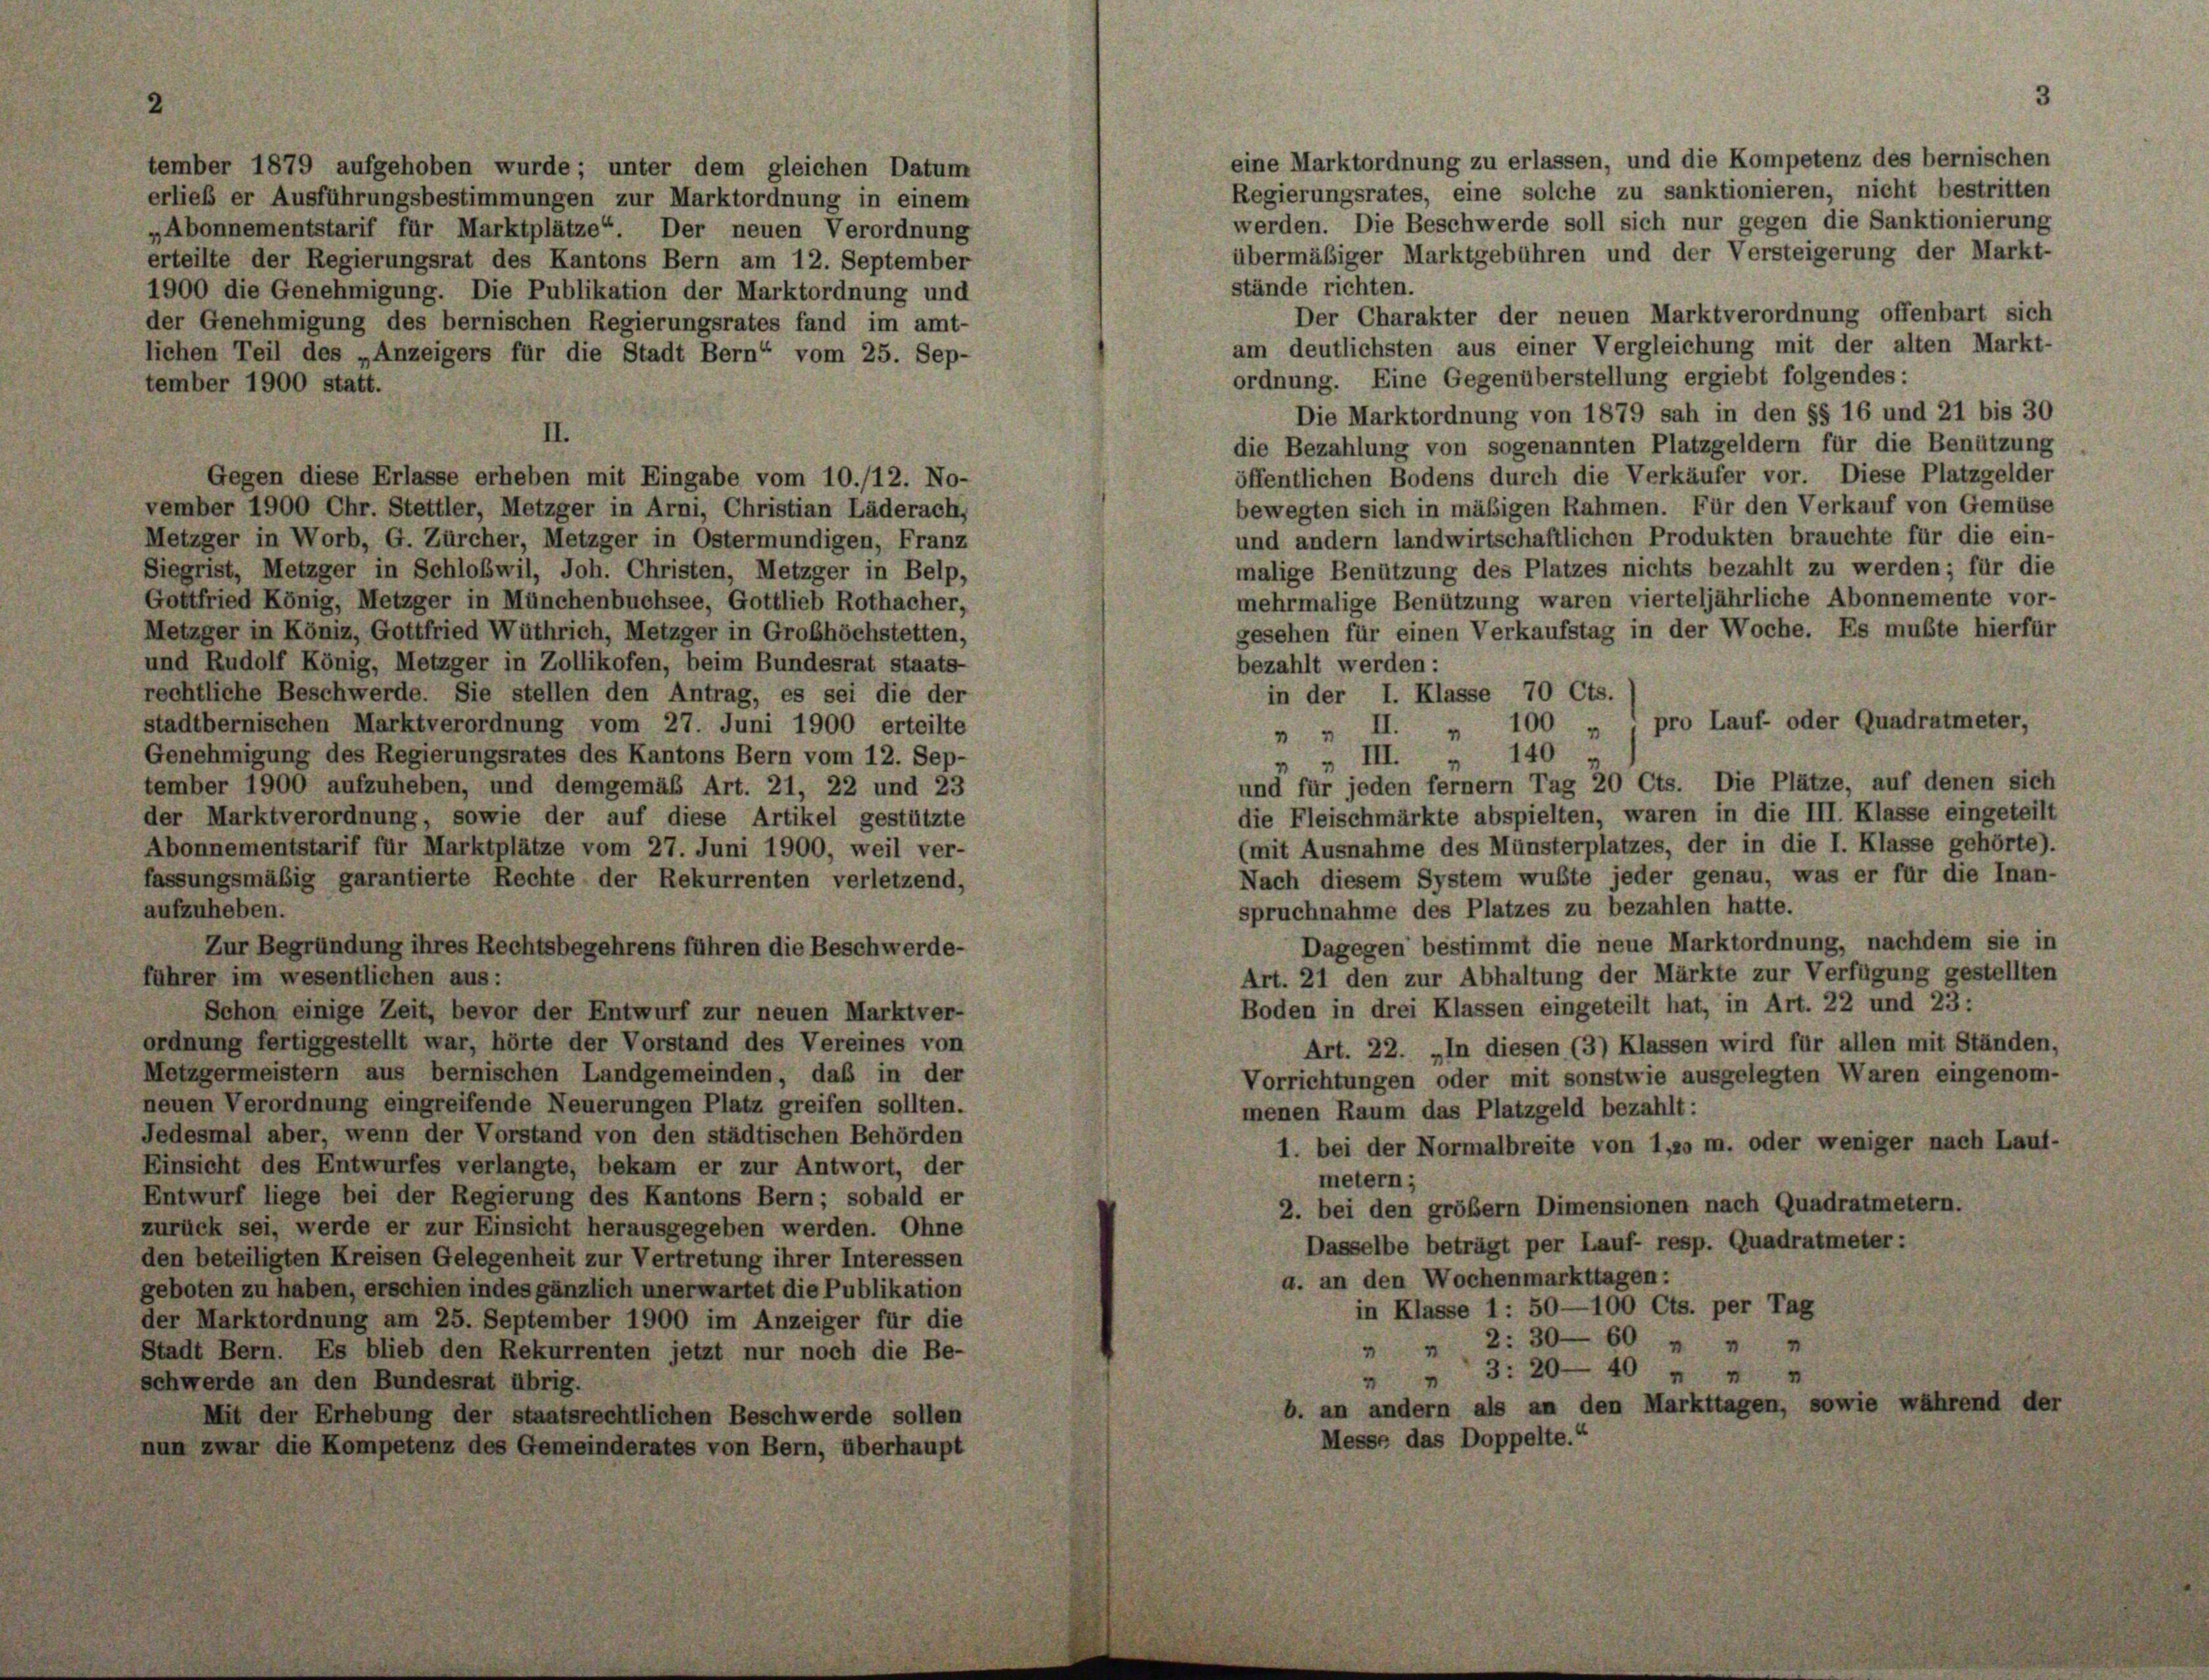
tember 1879 aufgehoben wurde; unter dem gleichen Datum
erlieb er Ausführungsbestimmungen zur Marktordnung in einem
„Abonnementstarif für Marktplätze“. Der neuen Verordnung
erteilte der Regierungsrat des Kantons Bern am 12. September
1900 die Genehmigung. Die Publikation der Marktordnung und
der Genehmigung des bernischen Regierungsrates fand im amt-
lichen Teil des „Anzeigers für die Stadt Bern“ vom 25. Sep-
tember 1900 statt.

eine Marktordnung zu erlassen, und die Kompetenz des bernischen
Regierungsrates, eine solche zu sanktionieren, nicht bestritten
werden. Die Beschwerde soll sich nur gegen die Sanktionierung
übermäßiger Marktgebühren und der Versteigerung der Markt-
stände richten.
Der Charakter der neuen Marktverordnung offenbart sich
am deutlichsten aus einer Vergleichung mit der alten Markt-
ordnung. Eine Gegenüberstellung ergiebt folgendes:
Die Marktordnung von 1879 sah in den §§ 16 und 21 bis 30
II.
die Bezahlung von sogenannten Platzgeldern für die Benützung
öffentlichen Bodens durch die Verkäufer vor. Diese Platzgelder
Gegen diese Erlasse erheben mit Eingabe vom 10./12. No-
bewegten sich in mäßigen Rahmen. Für den Verkauf von Gemüse
vember 1900 Chr. Stettler, Metzger in Arni, Christian Läderach,
und andern landwirtschaftlichen Produkten brauchte für die ein-
Metzger in Worb, G. Zürcher, Metzger in Ostermundigen, Franz
malige Benützung des Platzes nichts bezahlt zu werden; für die
Siegrist, Metzger in Schloßwil, Joh. Christen, Metzger in Belp,
mehrmalige Benützung waren vierteljährliche Abonnemente vor-
Gottfried König, Metzger in Münchenbuchsee, Gottlieb Rothacher,
gesehen für einen Verkaufstag in der Woche. Es mußte hierfür
Metzger in Köniz, Gottfried Wüthrich, Metzger in Grobhöchstetten,
und Rudolf König, Metzger in Zollikofen, beim Bundesrat staats-
bezahlt werden:
rechtliche Beschwerde. Sie stellen den Antrag, es sei die der
in der I. Klasse 70 Cts.
stadtbernischen Marktverordnung vom 27. Juni 1900 erteilte
 „ II. „ 100 „ , pro Lauf- oder Quadratmeter,
140
Genehmigung des Regierungsrates des Kantons Bern vom 12. Sep-
„ III.
und für jeden fernem Tag 20 Cts. Die Plätze, auf denen sich
tember 1900 aufzuheben, und demgemäß Art. 21, 22 und 23
die Fleischmärkte abspielten, waren in die III. Klasse eingeteilt
der Marktverordnung, sowie der auf diese Artikel gestützte
(mit Ausnahme des Münsterplatzes, der in die I. Klasse gehörte).
Abonnementstarif für Marktplätze vom 27. Juni 1900, weil ver-
Nach diesem System wußte jeder genau, was er für die Inan-
fassungsmäßig garantierte Rechte der Rekurrenten verletzend,
aufzuheben.
spruchnahme des Platzes zu bezahlen hatte.
Dagegen bestimmt die neue Marktordnung, nachdem sie in
Zur Begründung ihres Rechtsbegehrens führen die Beschwerde-
Art. 21 den zur Abhaltung der Märkte zur Verfügung gestellten
führer im wesentlichen aus:
Boden in drei Klassen eingeteilt hat, in Art. 22 und 23:
Schon einige Zeit, bevor der Entwurf zur neuen Marktver-
ordnung fertiggestellt war, hörte der Vorstand des Vereines von
Art. 22. „In diesen (3) Klassen wird für allen mit Ständen,
Metzgermeistern aus bernischen Landgemeinden, daß in der
Vorrichtungen oder mit sonstwie ausgelegten Waren eingenom-
neuen Verordnung eingreifende Neuerungen Platz greifen sollten.
menen Raum das Platzgeld bezahlt:
Jedesmal aber, wenn der Vorstand von den städtischen Behörden
1. bei der Normalbreite von 1,so m. oder weniger nach Lauf-
Einsicht des Entwurfes verlangte, bekam er zur Antwort, der
metern;
Entwurf liege bei der Regierung des Kantons Bern; sobald er
2. bei den größem Dimensionen nach Quadratmetern.
zurück sei, werde er zur Einsicht herausgegeben werden. Ohne
Dasselbe beträgt per Lauf- resp. Quadratmeter:
den beteiligten Kreisen Gelegenheit zur Vertretung ihrer Interessen
a. an den Wochenmarkttagen:
geboten zu haben, erschien indes gänzlich unerwartet die Publikation
in Klasse 1: 50—100 Cts. per Tag
der Marktordnung am 25. September 1900 im Anzeiger für die
" " 2: 30-60 " " "
Stadt Bern. Es blieb den Rekurrenten jetzt nur noch die Be-
" " 3: 20—40 „ „ „
schwerde an den Bundesrat übrig.
b. an andern als an den Markttagen, sowie während der
Mit der Erhebung der staatsrechtlichen Beschwerde sollen
Messe das Doppelte.“
nun zwar die Kompetenz des Gemeinderates von Bern, überhaupt